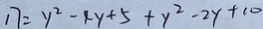
1 7 = y ^ { 2 } - 4 y + 5 + y ^ { 2 } - 2 y + 1 0